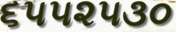
૬૫૫૨૫૩૦